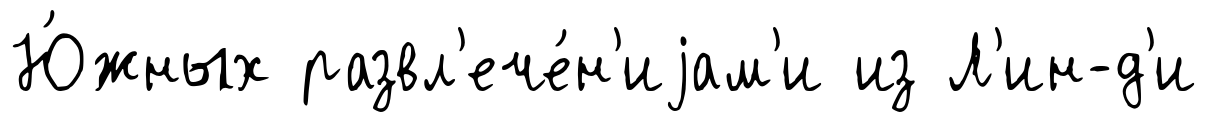
Ю́жных развл'ече́н'иjам'и из Л'ин-д'и